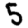
Digit: 5